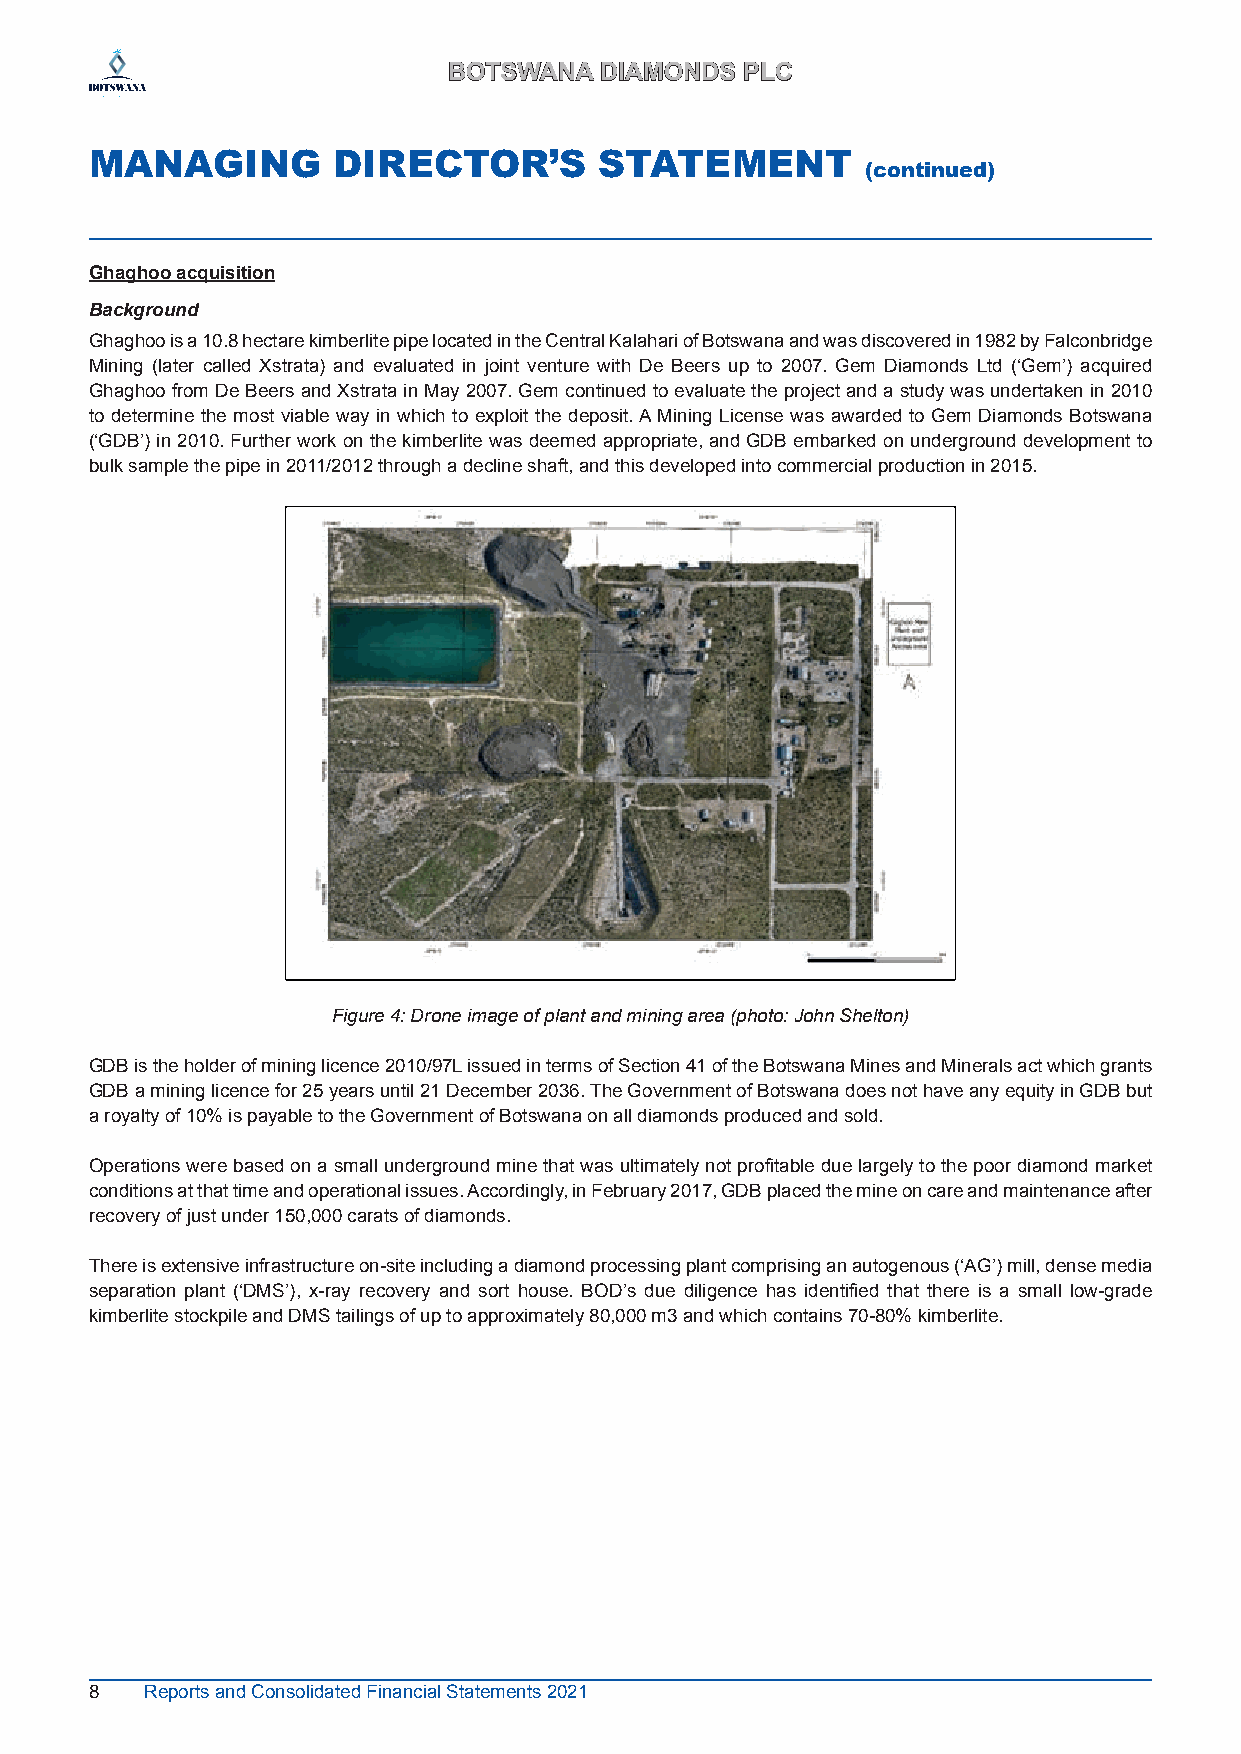
BBOOTTSSWWAANNAA DDIIAAMMOONNDDSS PPLLCC
 MANAGING        DIRECTOR’S        STATEMENT
 (continued)
 Ghaghoo acquisition
 Background
 Ghaghoo is a 10.8 hectare kimberlite pipe located in the Central Kalahari of Botswana and was discovered in 1982 by Falconbridge
 Mining (later called Xstrata) and evaluated in joint venture with De Beers up to 2007. Gem Diamonds Ltd (‘Gem’) acquired
 Ghaghoo from De Beers and Xstrata in May 2007. Gem continued to evaluate the project and a study was undertaken in 2010
 to determine the most viable way in which to exploit the deposit. A Mining License was awarded to Gem Diamonds Botswana
 (‘GDB’) in 2010. Further work on the kimberlite was deemed appropriate, and GDB embarked on underground development to
 bulk sample the pipe in 2011/2012 through a decline shaft, and this developed into commercial production in 2015.
 Figure 4: Drone image of plant and mining area (photo: John Shelton)
 GDB is the holder of mining licence 2010/97L issued in terms of Section 41 of the Botswana Mines and Minerals act which grants
 GDB a mining licence for 25 years until 21 December 2036. The Government of Botswana does not have any equity in GDB but
 a royalty of 10% is payable to the Government of Botswana on all diamonds produced and sold.
 Operations were based on a small underground mine that was ultimately not profitable due largely to the poor diamond market
 conditions at that time and operational issues. Accordingly, in February 2017, GDB placed the mine on care and maintenance after
 recovery of just under 150,000 carats of diamonds.
 There is extensive infrastructure on-site including a diamond processing plant comprising an autogenous (‘AG’) mill, dense media
 separation plant (‘DMS’), x-ray recovery and sort house. BOD’s due diligence has identified that there is a small low-grade
 kimberlite stockpile and DMS tailings of up to approximately 80,000 m3 and which contains 70-80% kimberlite.
 8   Reports and Consolidated Financial Statements 2021